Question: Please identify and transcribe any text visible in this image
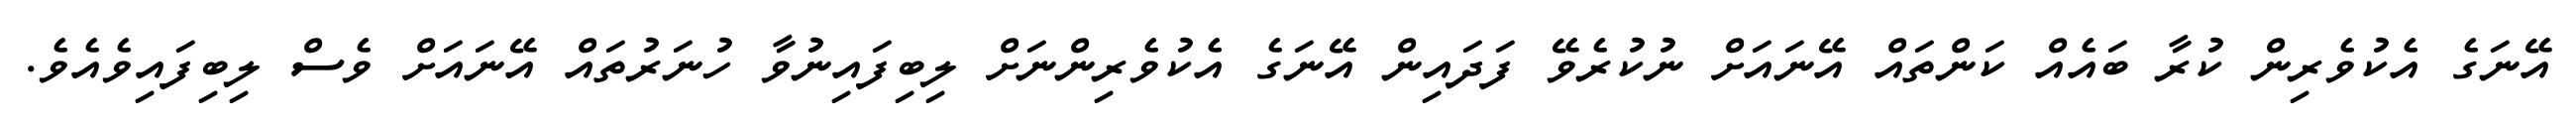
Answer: އޭނަގެ އެކުވެރިން ކުރާ ބައެއް ކަންތައް އޭނައަށް ނުކުރެވޭ ފަދައިން އޭނަގެ އެކުވެރިންނަށް ލިބިފައިނުވާ ހުނަރުތައް އޭނައަށް ވެސް ލިބިފައިވެއެވެ.